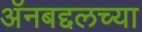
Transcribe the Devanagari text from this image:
अॅनबद्दलच्या